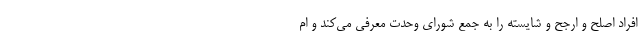
افراد اصلح و ارجح و شایسته را به جمع شورای وحدت معرفی می‌کند و ام